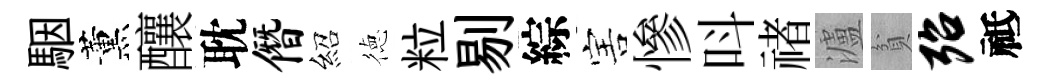
駰薰釀耽僭紹徳粒剔綜害慘呌禇瀘貧殆祗